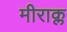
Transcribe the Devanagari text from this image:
मीराक्ल